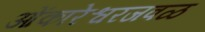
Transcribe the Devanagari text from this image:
ओंकारेश्वरजवळ